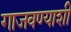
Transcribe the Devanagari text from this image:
गाजवण्याशी